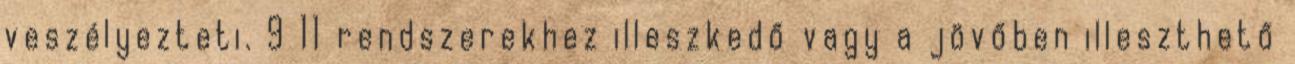
veszélyezteti. 9 11 rendszerekhez illeszkedő vagy a jövőben illeszthető